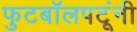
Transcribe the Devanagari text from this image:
फुटबॉलपटूंनी